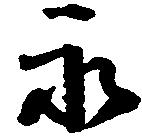
永